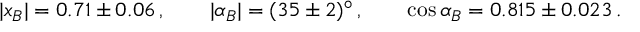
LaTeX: | x _ { B } | = 0 . 7 1 \pm 0 . 0 6 \, , \qquad | \alpha _ { B } | = ( 3 5 \pm 2 ) ^ { \circ } \, , \qquad \cos \alpha _ { B } = 0 . 8 1 5 \pm 0 . 0 2 3 \, .